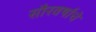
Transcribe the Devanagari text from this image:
सौरवर्षाचे